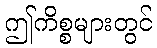
ဤကိစ္စများတွင်